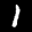
Label: 1